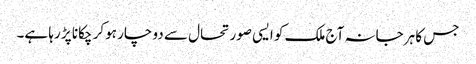
جس کا ہرجانہ آج ملک کو ایسی صورتحال سے دو چار ہوکر چکانا پڑ رہا ہے۔